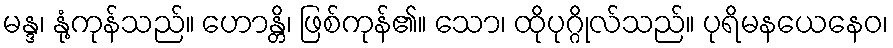
မန္ဒ၊ နုံ့ကုန်သည်။ ဟောန္တိ၊ ဖြစ်ကုန်၏။ သော၊ ထိုပုဂ္ဂိုလ်သည်။ ပုရိမနယေနေဝ၊